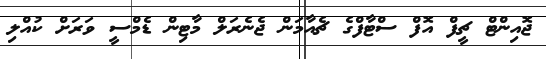
ޖޮއިންޓް ޗީފް އޮފް ސްޓާފްގެ ޗެއާމަން ޖެނެރަލް މާޓިން ޑެމްސީ ވަރަށް ކުއްލި